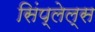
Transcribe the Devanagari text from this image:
सिंप्लेल्स